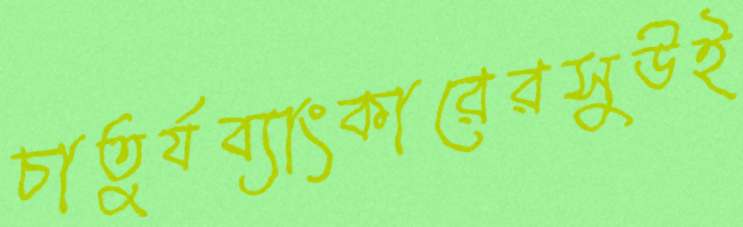
চাতুর্যব্যাংকারেরসুউই